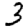
Digit: 3